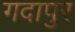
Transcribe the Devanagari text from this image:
गदापुर